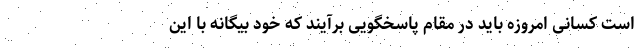
است کسانی امروزه باید در مقام پاسخگویی برآیند که خود بیگانه با این